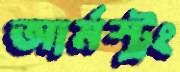
আর্মস্ট্রং